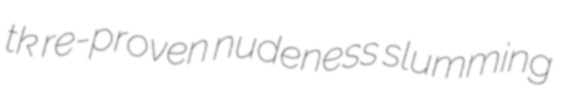
tk re-proven nudeness slumming